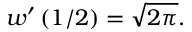
w ^ { \prime } \left( 1 / 2 \right) = { \sqrt { 2 \pi } } .